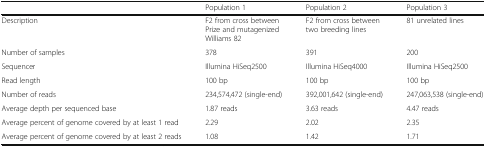
<table><thead><tr><td></td><td><b>Population 1</b></td><td><b>Population 2</b></td><td><b>Population 3</b></td></tr></thead><tbody><tr><td>Description</td><td>F2 from cross between Prize and mutagenized Williams 82</td><td>F2 from cross between two breeding lines</td><td>81 unrelated lines</td></tr><tr><td>Number of samples</td><td>378</td><td>391</td><td>200</td></tr><tr><td>Sequencer</td><td>Illumina HiSeq2500</td><td>Illumina HiSeq4000</td><td>Illumina HiSeq2500</td></tr><tr><td>Read length</td><td>100 bp</td><td>100 bp</td><td>100 bp</td></tr><tr><td>Number of reads</td><td>234,574,472 (single-end)</td><td>392,001,642 (single-end)</td><td>247,063,538 (single-end)</td></tr><tr><td>Average depth per sequenced base</td><td>1.87 reads</td><td>3.63 reads</td><td>4.47 reads</td></tr><tr><td>Average percent of genome covered by at least 1 read</td><td>2.29</td><td>2.02</td><td>2.35</td></tr><tr><td>Average percent of genome covered by at least 2 reads</td><td>1.08</td><td>1.42</td><td>1.71</td></tr></tbody></table>